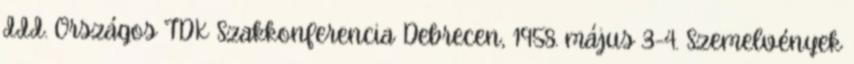
III. Országos TDK Szakkonferencia Debrecen, 1958. május 3-4. Szemelvények